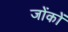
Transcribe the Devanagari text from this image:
जोंकों